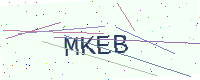
Text: MKEB